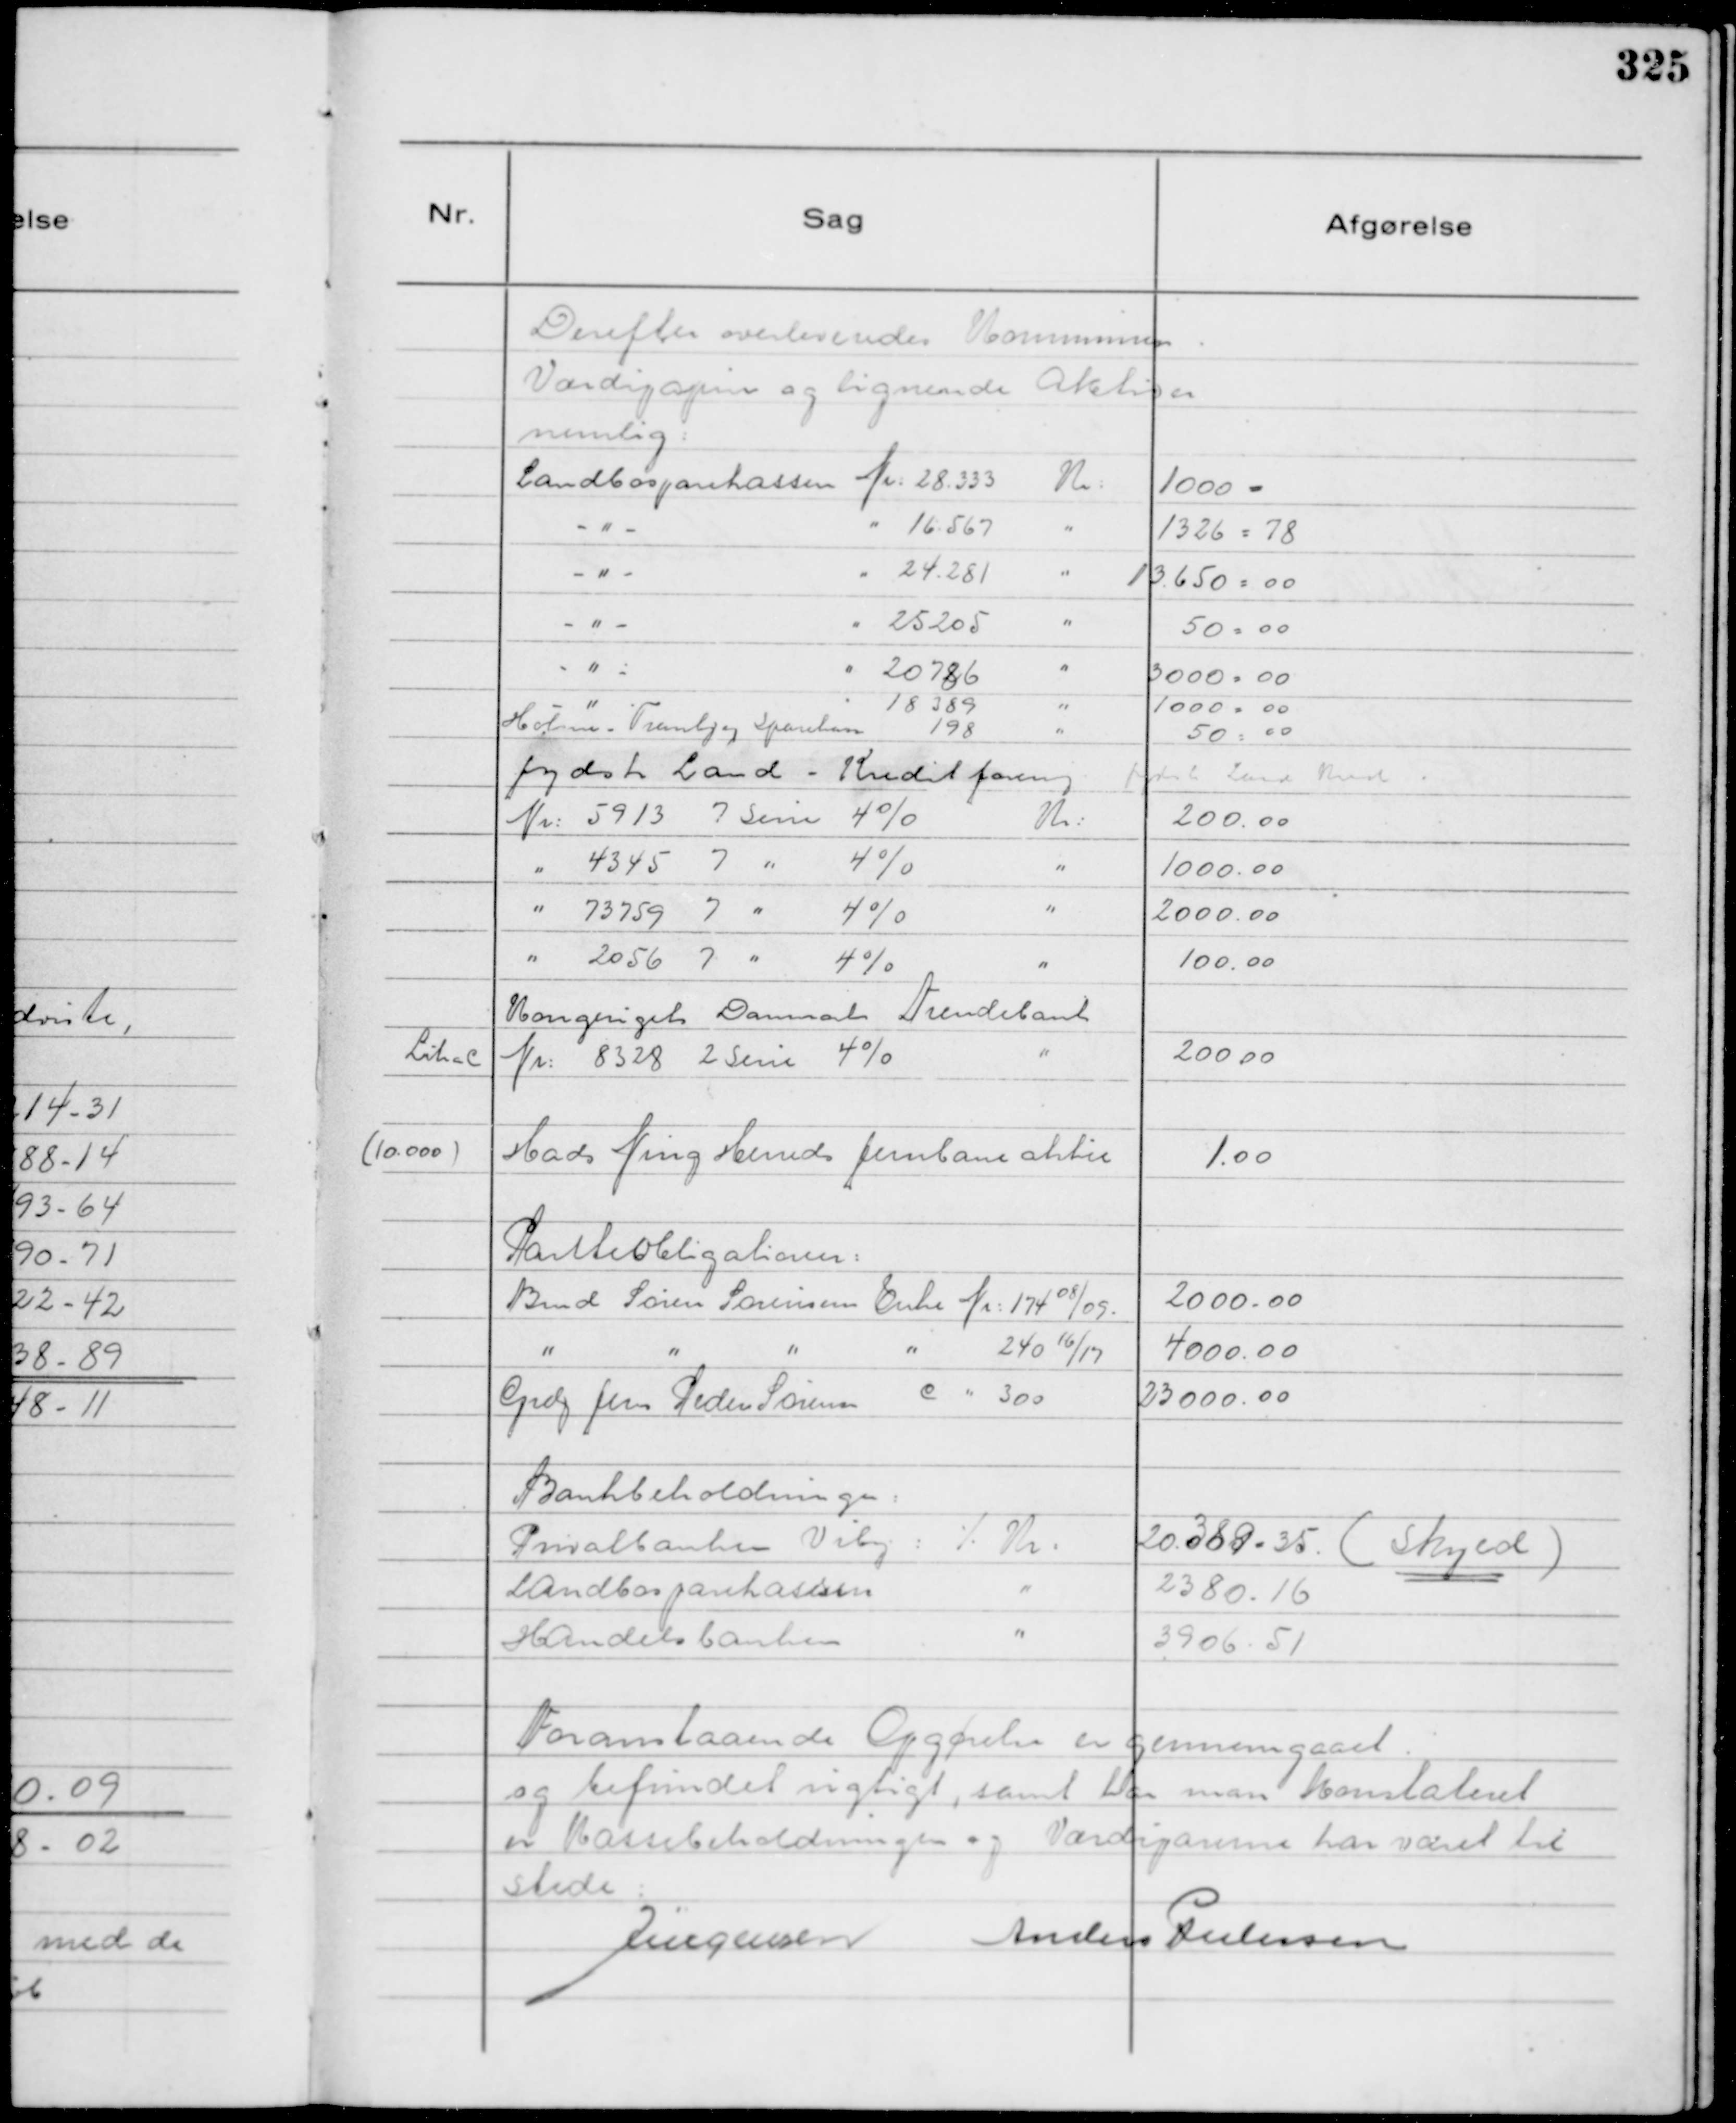
Transskription:
Derefter overleveredes Kommunen
Værdipapirer og lignende Aktiver
nemlig:
Landbosparekassen Nr: 28.333
Kr: 1000 =
- " -
" 16.567
" 1326 : 78
- " -
" 24.281
" 13.650 : 00
- " -
" 25205
" 50 : 00
- " -
" 20786
" 3000 : 00
- " -
" 18.389
" 1000 : 00
Holme - Tranbjerg Sparekasse 198
" 50 : 00
Jydsk Land - Kreditforening
Jydsk Land Kredit
Nr: 5913 7 Serie 4%
Kr: 200,00
" 4345 7 " 4%
" 1000,00
" 73759 7 " 4%
" 2000,00
" 2056 7 " 4%
" 100,00
Kongeriget Danmarks Tiendebank
Litra Nr: 8328 2 Serie 4%
" 200,00
(10.000) Hads Ning Herreds Jernbaneaktie
1,00

Panteobligationer:
Bmd Søren Sørensens Enke Nr : 174 08/09.
2000,00
" " " " 240 16/17
4000,00
Grdj Jens Peder Sørensen c " 300
23000,00

Bankbeholdninger:
Privatbanken Viby: 
⁒.  ./. Kr. 20 389 = 35. ( Skyld )
Landbosparekassen
" 2380,16
Handelsbanken
" 3906,51

Foranstaaende Opgørelse er gennemgaaet
og befundet rigtigt, samt har man konstateret
er Kassebeholdningen og Værdipapirerne har været til
stede.
Jürgensen
Anders Pedersen